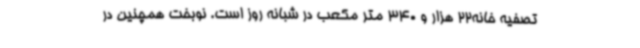
تصفیه خانه22 هزار و 340 متر مکعب در شبانه روز است. نوبخت همچنین در